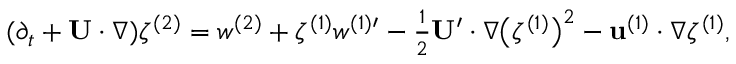
\begin{array} { r } { ( \partial _ { t } + \mathbf { U } \cdot \nabla ) \zeta ^ { ( 2 ) } = w ^ { ( 2 ) } + \zeta ^ { ( 1 ) } { w ^ { ( 1 ) \prime } } - \frac { 1 } { 2 } \mathbf { U } ^ { \prime } \cdot \nabla \big ( \zeta ^ { ( 1 ) } \big ) ^ { 2 } - \mathbf { u } ^ { ( 1 ) } \cdot \nabla \zeta ^ { ( 1 ) } , } \end{array}